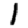
Digit: 1